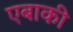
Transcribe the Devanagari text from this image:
एबाकी